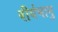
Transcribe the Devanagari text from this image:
वीर्यभानु